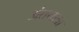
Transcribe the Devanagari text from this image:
अंतयात्रा